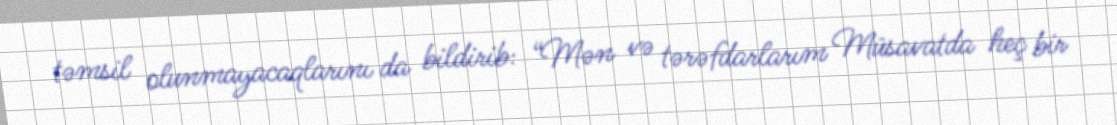
təmsil olunmayacaqlarını da bildirib: “Mən və tərəfdarlarım Müsavatda heç bir